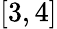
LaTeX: [3,4]